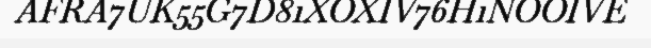
AFRA7UK55G7D81XOXIV76H1NOOIVE